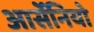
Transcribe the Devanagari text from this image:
आर्सेनियो